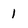
Character: 1